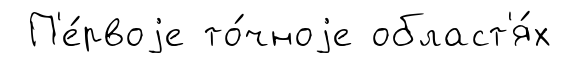
П'е́рвоjе то́чноjе област'я́х